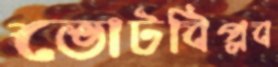
ভোটবিপ্লব